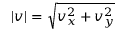
| v | = \sqrt { v _ { x } ^ { 2 } + v _ { y } ^ { 2 } }